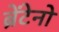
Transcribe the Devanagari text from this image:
ब्रेंटेनो